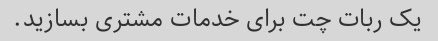
یک ربات چت برای خدمات مشتری بسازید.